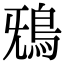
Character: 𩿑